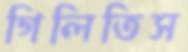
গিলিতিস